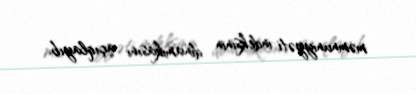
məmnuniyyəti indeksinin dinamikasını açıqlayıb.